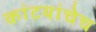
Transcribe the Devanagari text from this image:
कांटयांचेच